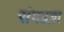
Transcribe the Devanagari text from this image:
रांगडय़ा